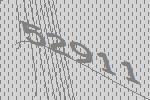
52911